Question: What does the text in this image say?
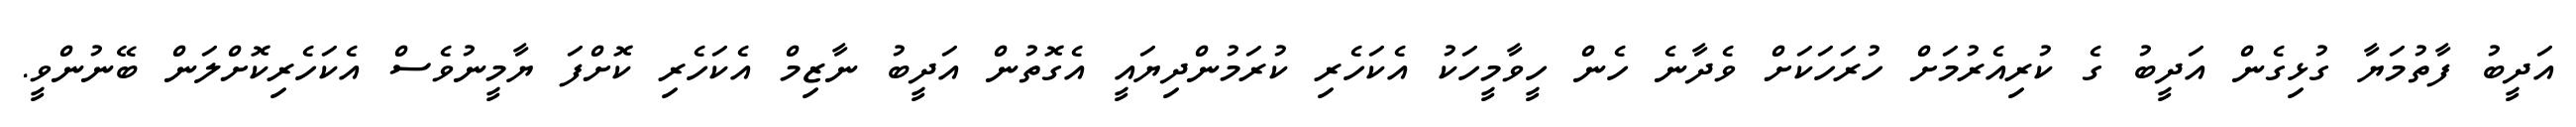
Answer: އަދީބު ފާތުމަޔާ ގުޅިގެން އަދީބު ގެ ކުރިއެރުމަށް ހުރަހަކަށް ވެދާނެ ހެން ހީވާމީހަކު އެކަހެރި ކުރަމުންދިޔައީ އެގޮތުން އަދީބު ނާޒިމް އެކަހެރި ކޮށްފަ ޔާމީނުވެސް އެކަހެރިކޮށްލަން ބޭނުންވީ.